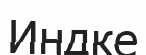
Индке